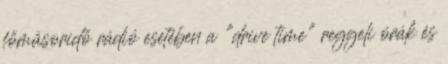
főműsoridő rádió esetében a "drive time" reggeli órák és